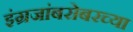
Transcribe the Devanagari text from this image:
इंग्रजांबरोबरच्या